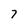
Character: 7